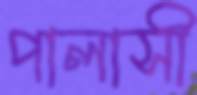
পালাসী